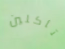
تأكلين